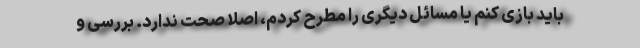
باید بازی کنم یا مسائل دیگری را مطرح کردم، اصلا صحت ندارد. بررسی و